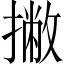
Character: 撇